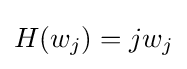
H(w_{j})=jw_{j}